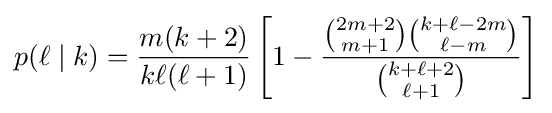
p(\ell \mid k)={\frac {m(k+2)}{k\ell (\ell +1)}}\left[1-{\frac {{\binom {2m+2}{m+1}}{\binom {k+\ell -2m}{\ell -m}}}{\binom {k+\ell +2}{\ell +1}}}\right]